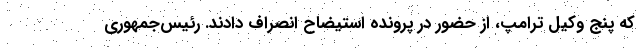
که پنج وکیل ترامپ، از حضور در پرونده استیضاح انصراف دادند. رئیس‌جمهوری